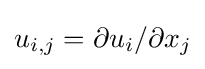
u_{i,j}=\partial u_{i}/\partial x_{j}